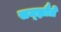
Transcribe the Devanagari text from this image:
सम्झौते